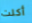
أكلت